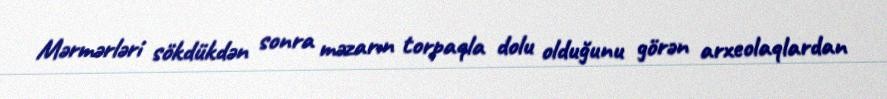
Mərmərləri sökdükdən sonra məzarın torpaqla dolu olduğunu görən arxeolaqlardan